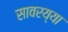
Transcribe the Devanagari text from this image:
सावरय्या